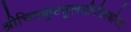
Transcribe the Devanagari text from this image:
श्रीचित्रकूटतुलसीपीठाधीश्वर